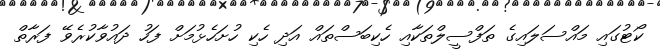
ކޯޓުގައި މައްސަލައިގެ ތަފްސީލްތަކާއި ހެކިބަސްތައް އަދި ހެކި ހުށަހެޅުމަށް ފަހު ދައުވާކުރެވޭ ފަރާތް